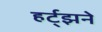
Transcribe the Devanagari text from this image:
हर्ट्झने